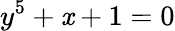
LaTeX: y^{5}+\mathit{x}+1=0